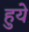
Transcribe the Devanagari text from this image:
हुयेे